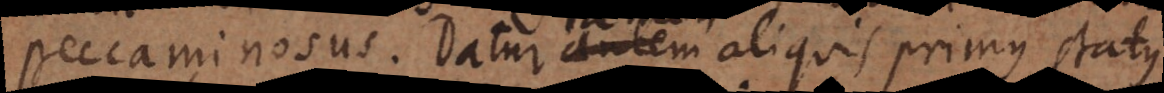
peccaminosus. Datur tamen aliquis primus status